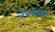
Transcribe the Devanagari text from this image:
नेण्याला